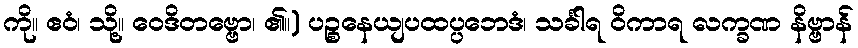
ကို။ ဧဝံ၊ သို့။ ဝေဒိတဗ္ဗော၊ ၏။) ပဉ္စနေယျပထပ္ပဘေဒံ၊ သင်္ခါရ ဝိကာရ လက္ခဏ နိဗ္ဗာန်